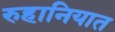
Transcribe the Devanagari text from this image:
रुहानियात